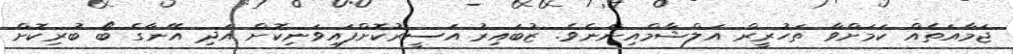
ޖަމާއަތެއް ކަމަށްވާ ތަހުރީރް އަލްޝާމްއިންނެވެ. ޒުބައިރު އަސީރުކޮށްފައިވަނިކޮށް އަދި އޭނާގެ ބޯ ބުރިކޮށް